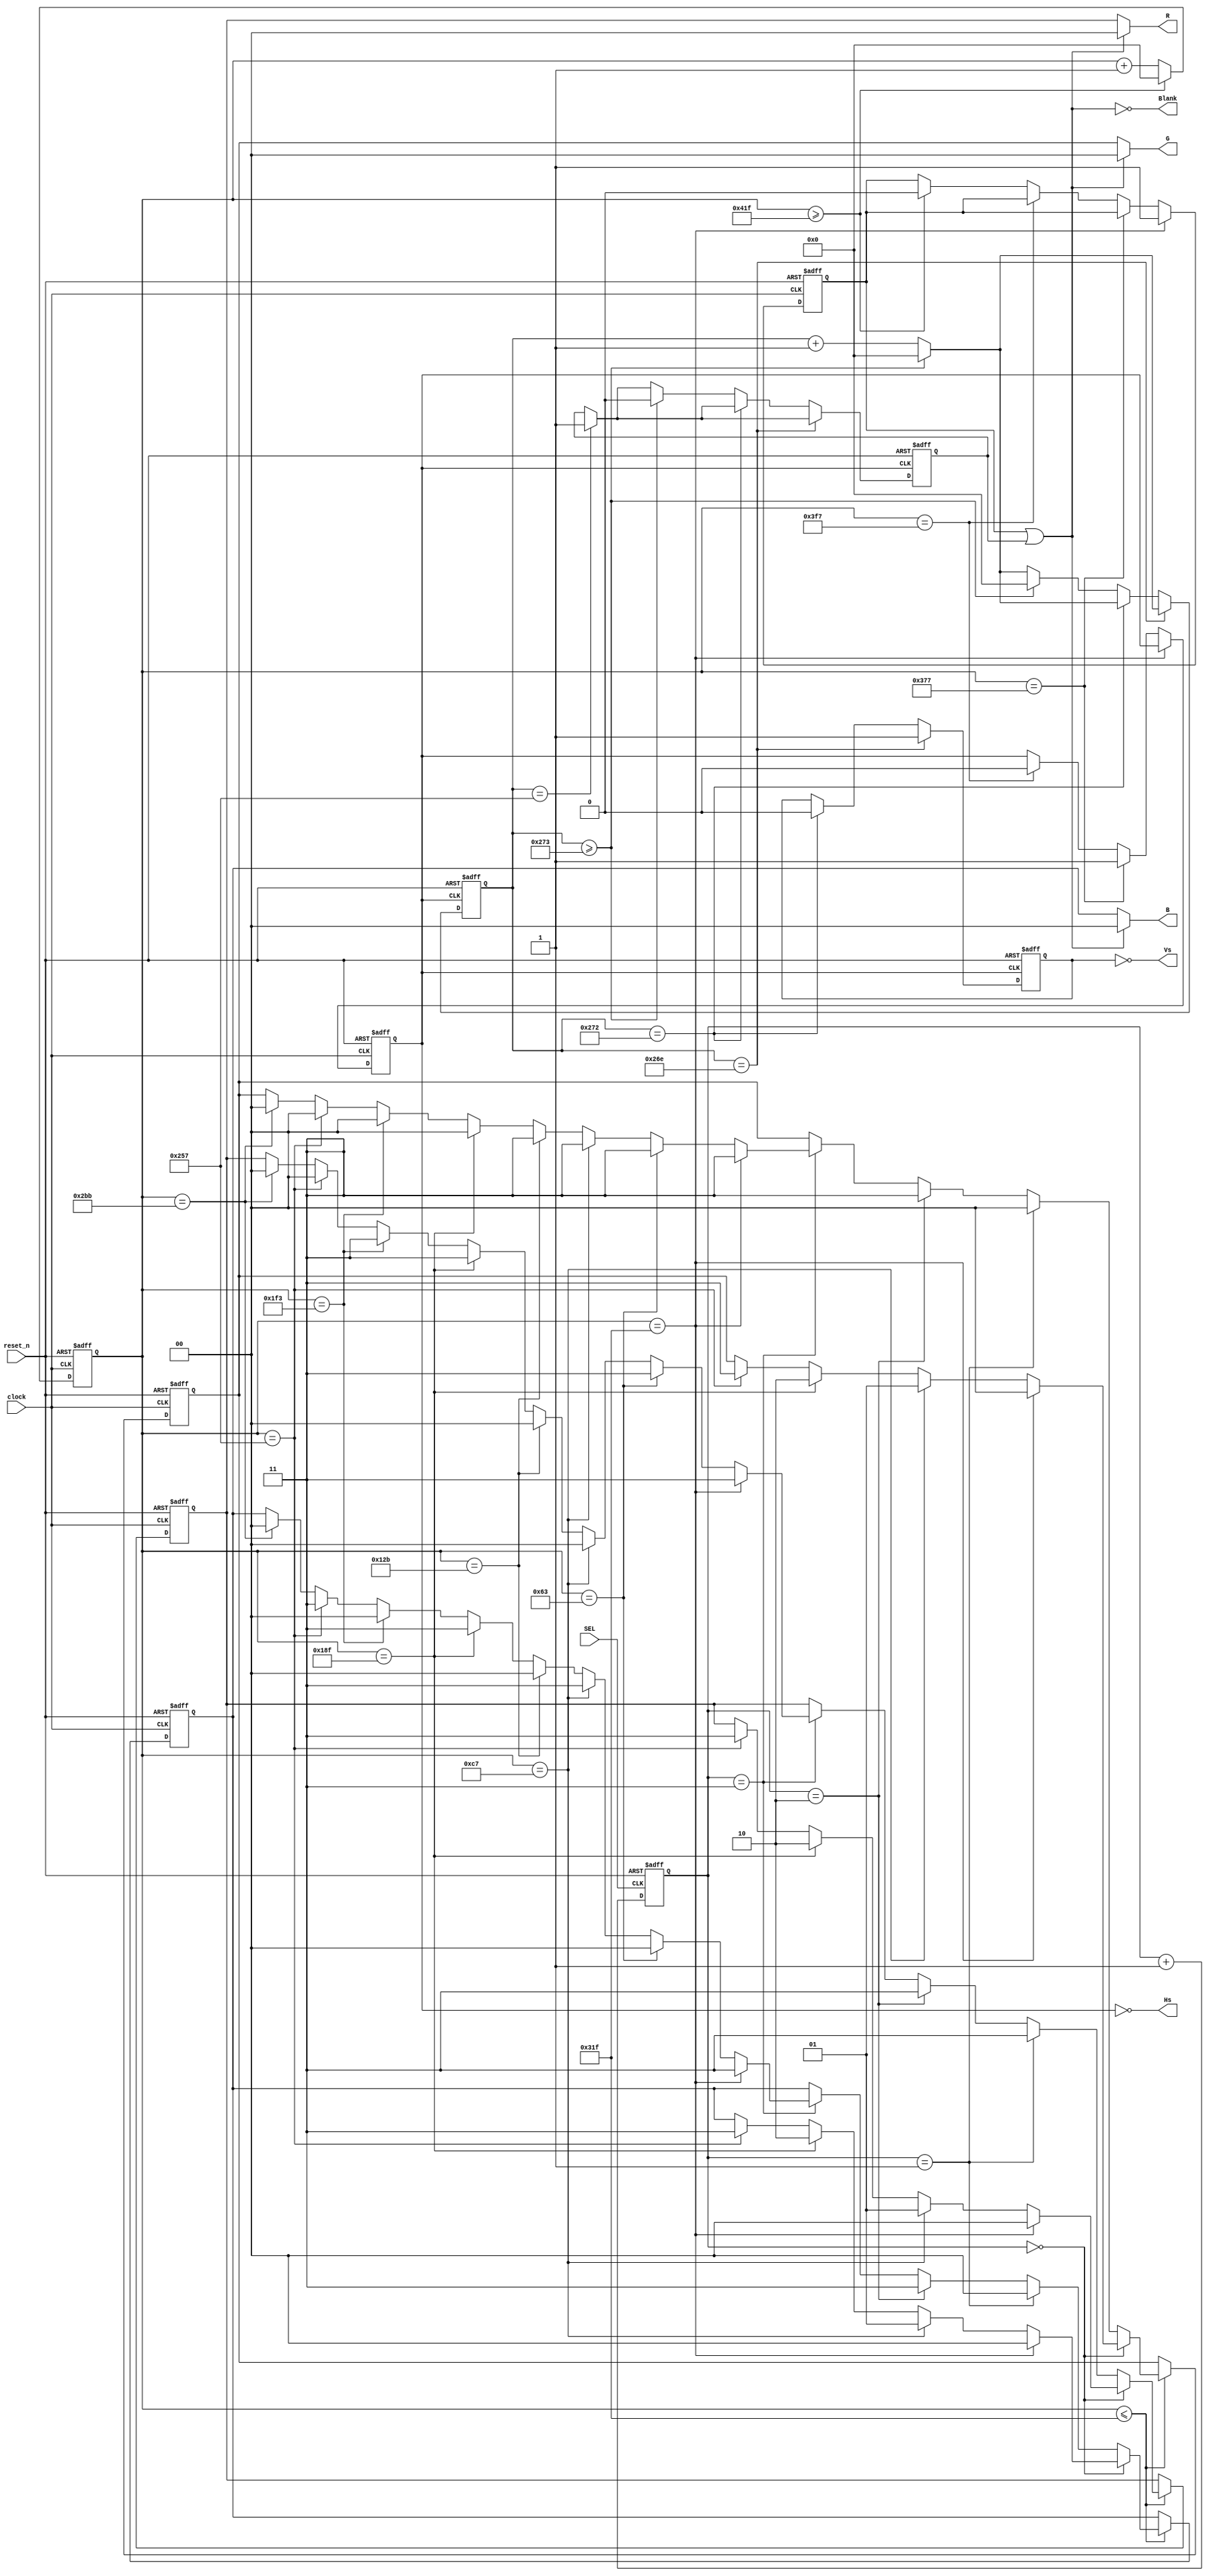
`define BRIGHTNESS 	3			// brightness level
`define BLACK		0					//black level
`define HDisplay	800			//horizontal active
`define VDisplay	600			//vertical active
`define HTotal		1056		//HTotal
`define VTotal		628			//VTotal
`define HSYNC_WITH	128		//hsync width
`define HSYNC_FRONT	40		//hsync front porch
`define HSYNC_BACK	88		//hsync back porch
`define VSYNC_WITH	4			//vsync width
`define VSYNC_FRONT	1			//vsync front porch
`define VSYNC_BACK	23		//vsync back porch

module vga_2bit(clock,reset_n,Hs,Vs,Blank,R,G,B,SEL);	
				
	input clock;					//vga clock
	input SEL;						//patten select
	input reset_n;				//reset signal,low active
	output Hs,Vs,Blank;
	output [1:0] R,G,B;
	
	reg Hs_reg,Vs_reg;
	reg [1:0] R_reg,G_reg,B_reg;
	reg [15:0] count_h,count_v;
	reg [1:0] Patten;
	reg Blank_H,Blank_V;

//patten select
always @(posedge SEL or negedge reset_n)
begin
	if(!reset_n) begin
		Patten<=0;
	end	else begin
		Patten<=Patten+1;
	end
end

//hsyc generate
always @(posedge clock or negedge reset_n)					
begin
	if(!reset_n) begin
		count_h<=0;
		Hs_reg<=0;
		Blank_H<=0;
	end
	else begin
		if(count_h>=`HTotal-1) count_h<=0;
		else count_h<=count_h+1'h1;				//horizontal counter
		if(count_h==`HDisplay-1) 			//horizontal blank start
		begin
			Blank_H<=1;
		end
		else if(count_h==(`HDisplay+`HSYNC_BACK)-1) 				//horizontal sync start
		begin
			Hs_reg<=1;
		end
		else if(count_h==(`HDisplay+`HSYNC_BACK+`HSYNC_WITH)-1)			//horizontal sync end
		begin
			Hs_reg<=0;
		end
		else if(count_h>=`HTotal-1)			//horizontal blank end
		begin
			Blank_H<=0;
		end
	end
end

//vsyc generate	
always @(posedge Hs_reg or negedge reset_n)					
begin
	if(!reset_n) begin
		count_v<=0;
		Vs_reg<=0;
		Blank_V<=0;
	end
	else begin
		if(count_v>=`VTotal-1) count_v<=0;
		else count_v<=count_v+1'h1;			//vertical counter
		if(count_v==`VDisplay-1)				//vertical blank start
		begin
			Blank_V<=1;
		end
		if(count_v==(`VDisplay+`VSYNC_BACK)-1)				//vertical sync start
		begin
			Vs_reg<=1;
		end
		else if(count_v==(`VDisplay+`VSYNC_BACK+`VSYNC_WITH)-1)				//vertical sync end
		begin
			Vs_reg<=0;
		end
		else if(count_v>=`VTotal-1)				//vertical blank end
		begin
			count_v<=0;
			Blank_V<=0;
		end
	end
end

always @(posedge clock or negedge reset_n)
begin
	if(!reset_n) begin
		R_reg<=0;
		G_reg<=0;
		B_reg<=0;
	end	
	else if(count_h<=`HDisplay-1) begin
		if(Patten==0)	begin				//Patten 0,4 level gry
			if(count_h==`HDisplay-1) begin
				R_reg<=2'h0;
				G_reg<=2'h0;
				B_reg<=2'h0;
			end	else if(count_h==`HDisplay/4-1) begin
				R_reg<=2'h1;
				G_reg<=2'h1;
				B_reg<=2'h1;
			end	else if(count_h==`HDisplay/4*2-1) begin
				R_reg<=2'h2;
				G_reg<=2'h2;
				B_reg<=2'h2;
			end else if(count_h==`HDisplay/4*3-1) begin
				R_reg<=2'h3;
				G_reg<=2'h3;
				B_reg<=2'h3;
			end
		end	else if(Patten==1) begin				//Patten 1,red
			R_reg<=`BRIGHTNESS;
			G_reg<=0;
			B_reg<=0;
		end	else if(Patten==2) begin					//Patten 2,white
			R_reg<=`BRIGHTNESS;
			G_reg<=`BRIGHTNESS;
			B_reg<=`BRIGHTNESS;
		end	else if(Patten==3) begin					//Patten 3,8 color bar
			if(count_h==`HDisplay-1)	begin						//white
				R_reg<=`BRIGHTNESS;
				G_reg<=`BRIGHTNESS;
				B_reg<=`BRIGHTNESS;
			end	else if(count_h==`HDisplay/8-1)	begin		//yellow
				R_reg<=`BRIGHTNESS;
				G_reg<=`BRIGHTNESS;
				B_reg<=`BLACK;
			end	else if(count_h==`HDisplay/8*2-1)	begin		//cyan
				R_reg<=`BLACK;
				G_reg<=`BRIGHTNESS;
				B_reg<=`BRIGHTNESS;
			end	else if(count_h==`HDisplay/8*3-1)	begin		//green
				R_reg<=`BLACK;
				G_reg<=`BRIGHTNESS;
				B_reg<=`BLACK;
			end	else if(count_h==`HDisplay/8*4-1)	begin		//pink
				R_reg<=`BRIGHTNESS;
				G_reg<=`BLACK;
				B_reg<=`BRIGHTNESS;
			end	else if(count_h==`HDisplay/8*5-1)	begin		//red
				R_reg<=`BRIGHTNESS;
				G_reg<=`BLACK;
				B_reg<=`BLACK;
			end	else if(count_h==`HDisplay/8*6-1)	begin		//blue
				R_reg<=`BLACK;
				G_reg<=`BLACK;
				B_reg<=`BRIGHTNESS;
			end	else if(count_h==`HDisplay/8*7-1)	begin		//black
				R_reg<=`BLACK;
				G_reg<=`BLACK;
				B_reg<=`BLACK;
			end
		end		
	end else begin
		R_reg<=R_reg;
		G_reg<=G_reg;
		B_reg<=B_reg;
	end
end

assign Hs=~Hs_reg;						//hsync out
assign Vs=~Vs_reg;						//vsync out
assign Blank=~(Blank_H | Blank_V);		//blank out
assign R=Blank?R_reg:0;					//r out
assign G=Blank?G_reg:0;					//g out
assign B=Blank?B_reg:0;					//b out
endmodule